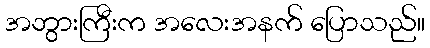
အဘွားကြီးက အလေးအနက် ပြောသည်။